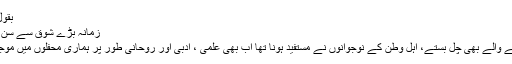
بقول شاعر
زمانہ بڑے شوق سے سُن رہا تھا
نہ سونے والے بھی چل بستے، اہلِ وطن کے نوجوانوں نے مستفید ہونا تھا اب بھی علمی ، ادبی اور روحانی طور پر ہماری محفلوں میں موجود ہیں۔